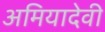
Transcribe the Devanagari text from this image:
अमियादेवी